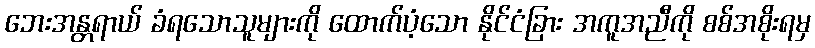
ဘေးအန္တရာယ် ခံရသောသူများကို ထောက်ပံ့သော နိုင်ငံခြား အကူအညီကို စစ်အစိုးရမှ